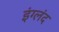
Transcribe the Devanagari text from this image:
इंग्लंद